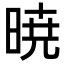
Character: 暁